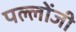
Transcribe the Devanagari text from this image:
पल्लोंजी